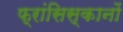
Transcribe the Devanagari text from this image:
फ्रांसिस्कानों